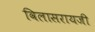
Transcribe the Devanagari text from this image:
विलासरायजी